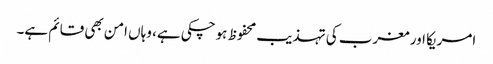
امریکا اور مغرب کی تہذیب محفوظ ہوچکی ہے، وہاں امن بھی قائم ہے۔